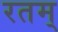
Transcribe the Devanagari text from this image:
रतम्